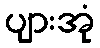
ပျားအုံ